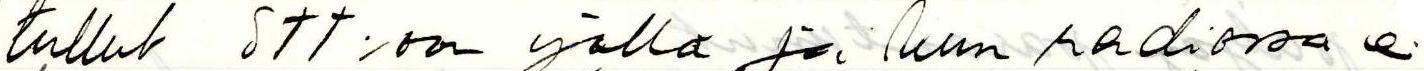
tullut STT:oon yöllä ja kun radiossa ei